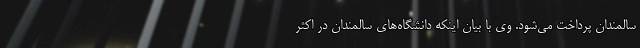
سالمندان پرداخت می‌شود. وی با بیان اینکه دانشگاه‌های سالمندان در اکثر